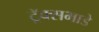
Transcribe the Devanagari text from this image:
ट्रॅक्सभाडे